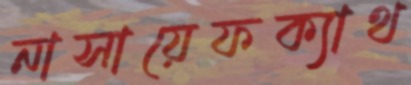
নাসায়েফক্যাথ